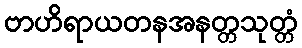
ဗာဟိရာယတနအနတ္တသုတ္တံ